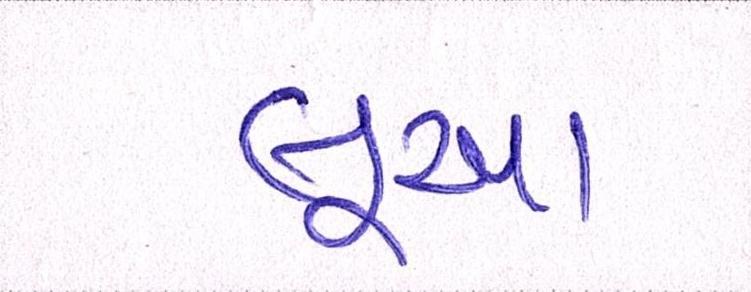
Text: લૂઆ